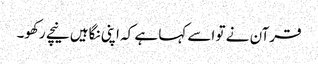
قرآن نے تو اسے کہا ہے کہ اپنی نگاہیں نیچے رکھو۔